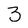
Character: 3